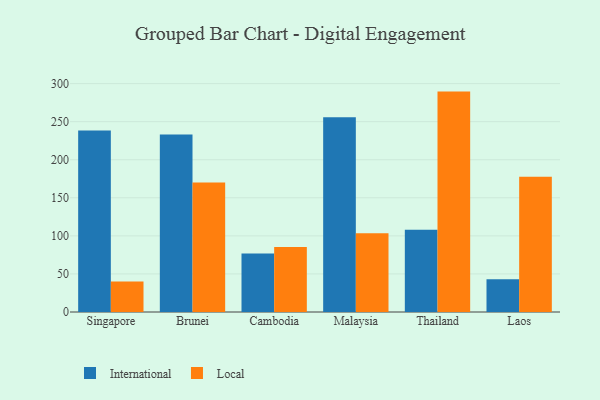
{"axis": {"x": "Country", "y": "Inventory Turnover"}, "legend": ["International", "Local"], "data": [{"x": "Singapore", "y": 238.5, "type": "International"}, {"x": "Singapore", "y": 40.1, "type": "Local"}, {"x": "Brunei", "y": 233.1, "type": "International"}, {"x": "Brunei", "y": 170.2, "type": "Local"}, {"x": "Cambodia", "y": 76.9, "type": "International"}, {"x": "Cambodia", "y": 85.4, "type": "Local"}, {"x": "Malaysia", "y": 255.7, "type": "International"}, {"x": "Malaysia", "y": 103.4, "type": "Local"}, {"x": "Thailand", "y": 107.9, "type": "International"}, {"x": "Thailand", "y": 289.5, "type": "Local"}, {"x": "Laos", "y": 42.9, "type": "International"}, {"x": "Laos", "y": 177.6, "type": "Local"}]}